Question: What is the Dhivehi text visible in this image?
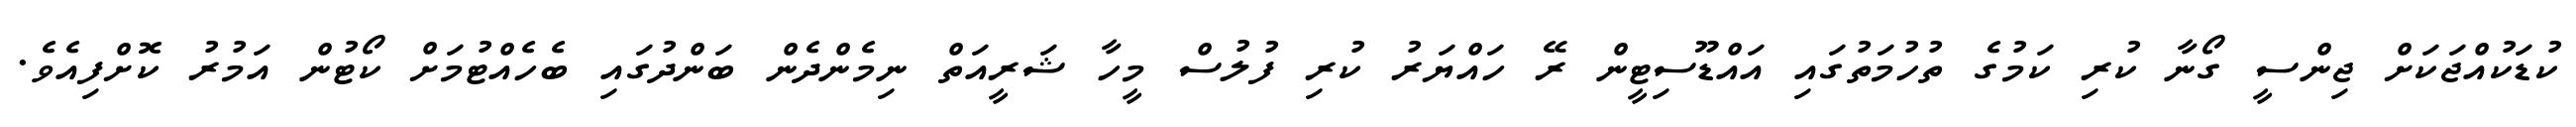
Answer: ކުޑަކުއްޖަކަށް ޖިންސީ ގޯނާ ކުރި ކަމުގެ ތުހުމަތުގައި އައްޑޫސިޓީން ރޭ ހައްޔަރު ކުރި ފުލުސް މީހާ ޝަރީއަތް ނިމެންދެން ބަންދުގައި ބެހެއްޓުމަށް ކޯޓުން އަމުރު ކޮށްފިއެވެ.